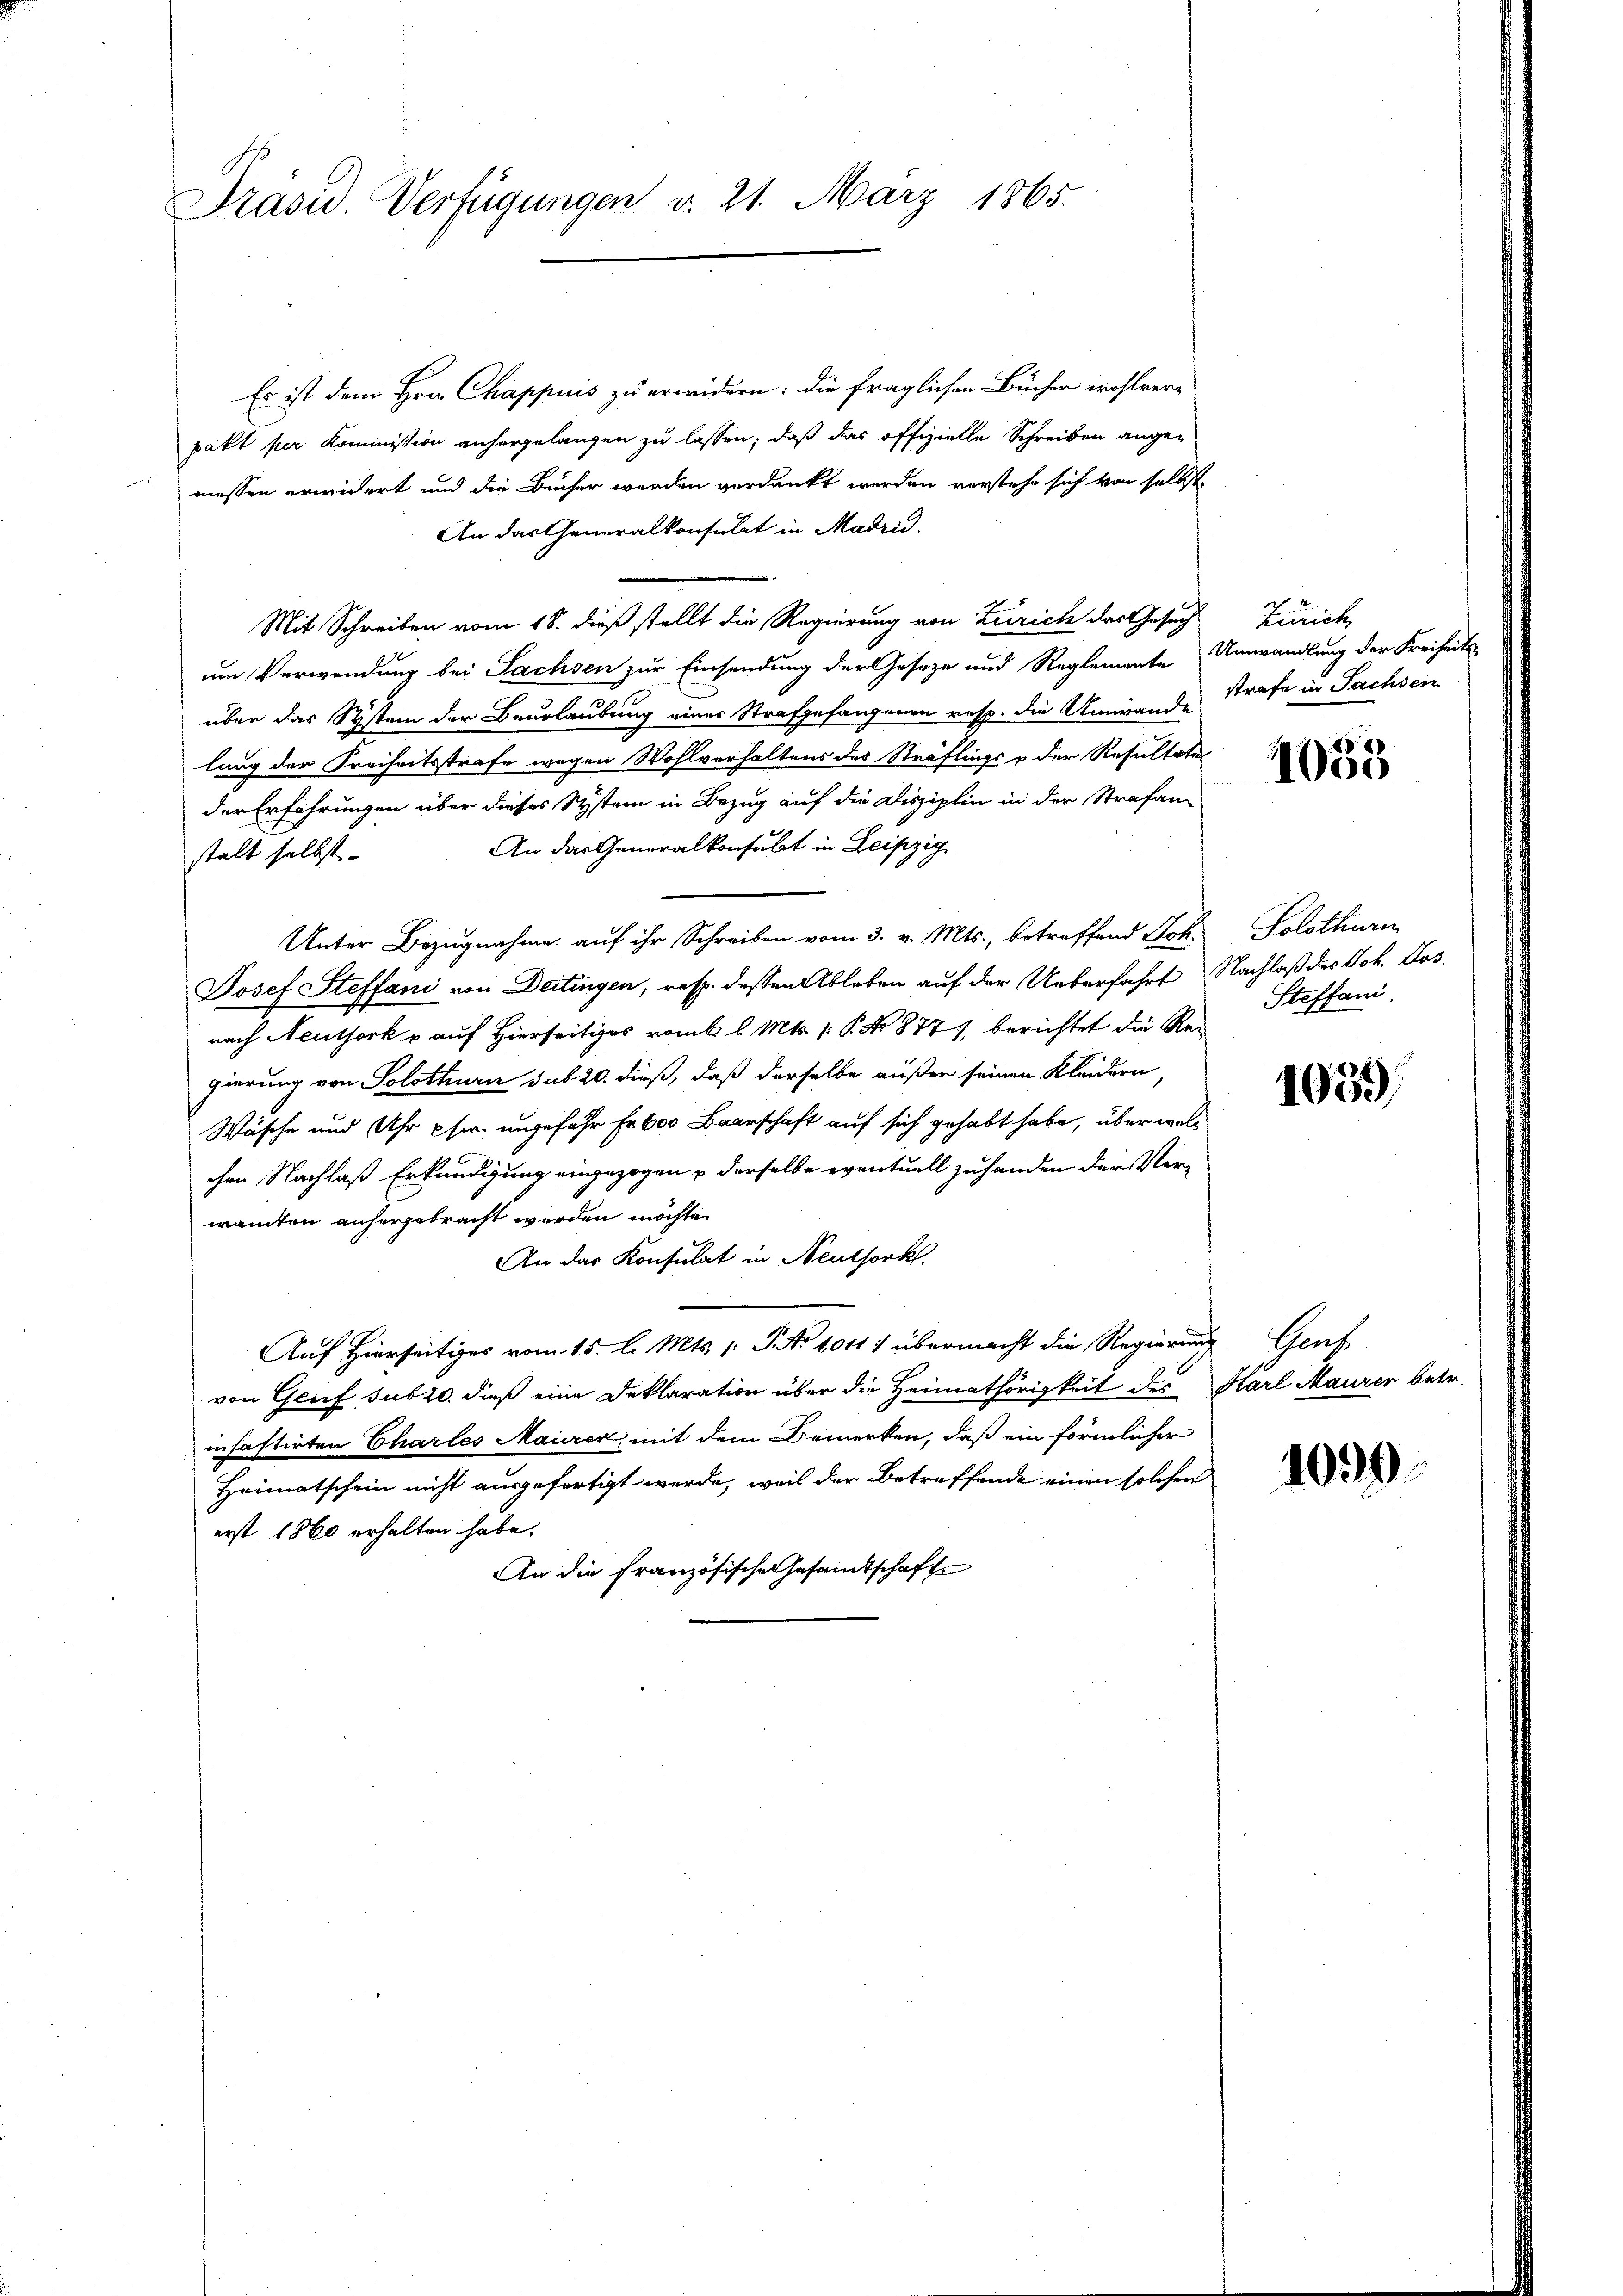
Präsid. Verfügungen v. 21. März 1865.

Es ist dem Hrn. Chappuis zu erwidern: die fraglichen Bücher wohlver-
pakt per Kommission anhergelangen zu lassen, daß das offizielle Schreiben angemessen erwidert und die Bücher werden verdankt werden verstehe sich von selbst
An das Generalkonsulat in Madrid.
Mit Schreiben vom 18. dieß stellt die Regierung von Zürich das Gesuch
um Verwendung bei Sachsen zur Einsendung der Geseze und Reglemente Umwandlung der Freiheits-
über das System der Beurlaubung eines Strafgefangenen resp. die Umwande
lung der Freiheitsstrafe wegen Wohlverhaltens des Sträflings & der Resultate
der Erfahrungen über dieses System in Bezug auf die Disziplin in der Strafan-
An das Generalkonsubt in Leipzig
stalt selbst.
Unter Bezugnahme auf ihr Schreiben vom 3. v. Mts., betreffend Joh.
Josef Steffani von Deitingen, resp. dessen Ableben auf der Ueberfahrt Nachlaß des Joh. Losnach Neuthork u auf Hierseitiges vom l. Mts. (: P. No 8771, berichtet die Reigierung von Solothurn sub 20. dieß, daß derselbe außer seinen Kleidern,
Wäsche und Uhr pfer ungefähr Fr. 600 Beschaft auf sich gehabt habe, über welc
chen Nachlaß Erkundigung eingezogen u derselbe eventuell zuhanden der Verwanten anhergebracht werden möchte.
An das Konsulat in Neuthorkl.
Auf Hierseitiges vom 15. l. Mts. 1. P. Nr. 1041 : übermacht die Regierung
von Geif sub 20. dieß eine Deklaration über die Heimathörigkeit des
infastirten Charles Maurer mit dem Bemerken, daß ein förmlicher
Heimatschein nicht ausgefertigt werde, weil der Betreffende einen solchen
erst 1860 erhalten habe.
An die französische Gesandtschafte

Zürich
strafe in Sachsen

4053

Solothurn
Steffani.

1059

Genf
Karl Maurer betr.

1099